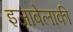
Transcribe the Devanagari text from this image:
इज़ाबेलाकी